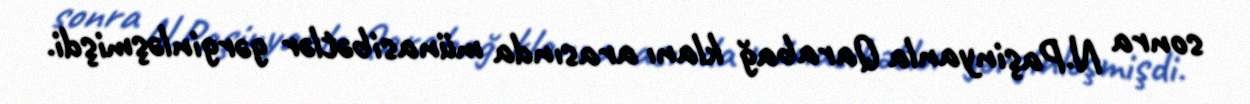
sonra N.Paşinyanla Qarabağ klanı arasında münasibətlər gərginləşmişdi.